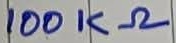
Text: 100KΩ